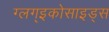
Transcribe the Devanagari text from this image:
ग्लग्इकोसाइड्स